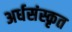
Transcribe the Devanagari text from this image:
अर्धसंस्कृत